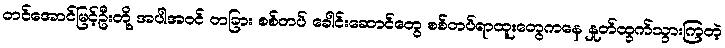
တင်အောင်မြင့်ဦးတို့ အပါအဝင် တခြား စစ်တပ် ခေါင်းဆောင်တွေ စစ်တပ်ရာထူးတွေကနေ နှုတ်ထွက်သွားကြတဲ့